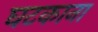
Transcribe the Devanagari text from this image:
घटकाना